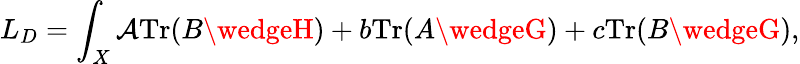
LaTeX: L_{D}=\int_{X}\mathcal{A}\mathrm{{Tr}}(B\wedgeH)+b\mathrm{{Tr}}(A\wedgeG)+c\mathrm{{Tr}}(B\wedgeG),